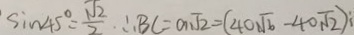
\sin 4 5 ^ { \circ } = \frac { \sqrt { 2 } } { 2 } . \therefore B C = a \sqrt { 2 } = ( 4 0 \sqrt { b } - 4 0 \sqrt { 2 } )